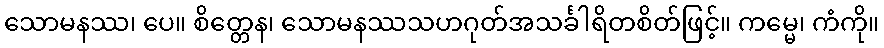
သောမနဿ၊ ပေ။ စိတ္တေန၊ သောမနဿသဟဂုတ်အသင်္ခါရိတစိတ်ဖြင့်။ ကမ္မေ၊ ကံကို။